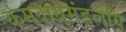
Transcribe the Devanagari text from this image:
कमवायुमंडलीय